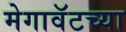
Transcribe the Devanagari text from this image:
मेगावॅटच्या